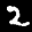
Label: 2